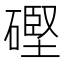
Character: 䃘